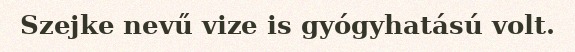
Szejke nevű vize is gyógyhatású volt.